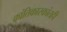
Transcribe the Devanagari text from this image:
क्रांतिकारकांतही